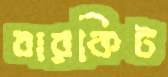
বারকিট